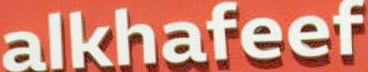
alkhafeef